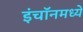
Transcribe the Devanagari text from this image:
इंचॉनमध्ये